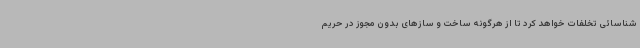
شناسائی تخلفات خواهد کرد تا از هرگونه ساخت و سازهای بدون مجوز در حریم